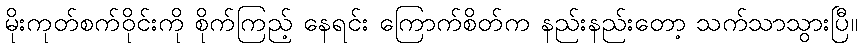
မိုးကုတ်စက်ဝိုင်းကို စိုက်ကြည့် နေရင်း ကြောက်စိတ်က နည်းနည်းတော့ သက်သာသွားပြီ။